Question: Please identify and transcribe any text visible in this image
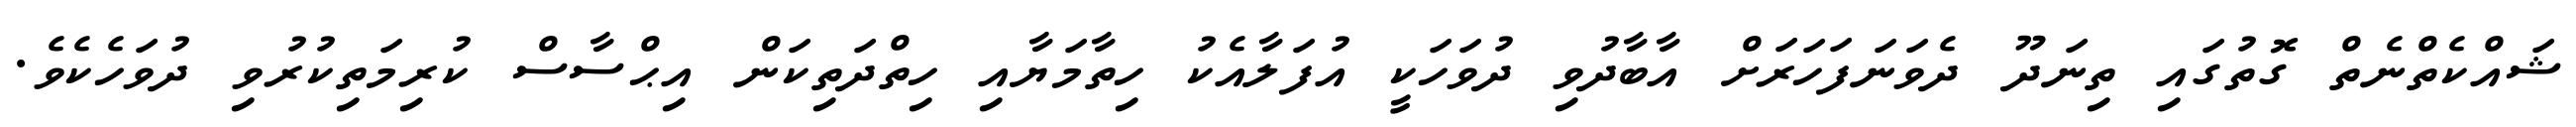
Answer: ޝައްކެތްނެތް ގޮތުގައި ތިނަދޫ ދެވަނަފަހަރަށް އާބާދުވި ދުވަހަކީ އުފަލާއެކު ހިތާމަޔާއި ހިތްދަތިކަން އިޙްސާސް ކުރިމަތިކުރުވި ދުވަހެކެވެ.